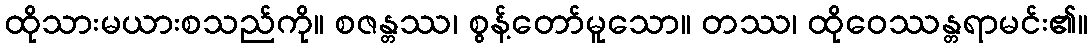
ထိုသားမယားစသည်ကို။ စဇန္တဿ၊ စွန့်တော်မူသော။ တဿ၊ ထိုဝေဿန္တရာမင်း၏။